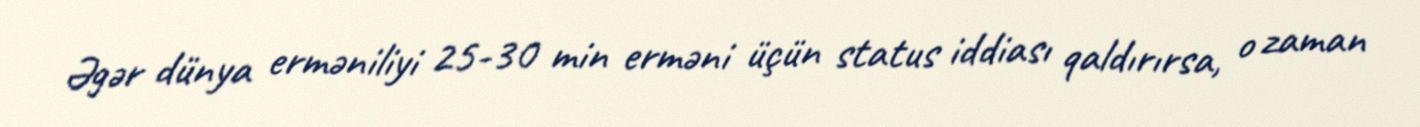
Əgər dünya erməniliyi 25-30 min erməni üçün status iddiası qaldırırsa, o zaman